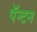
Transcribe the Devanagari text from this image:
पॅन्टन